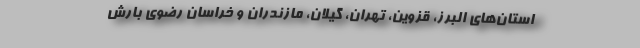
استان‌های البرز، قزوین، تهران، گیلان، مازندران و خراسان رضوی بارش